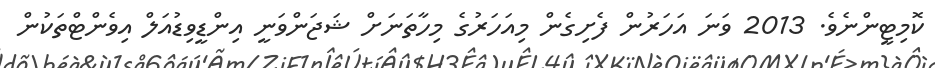
ކޮމިޓީންނެވެ. 2013 ވަނަ އަހަރުން ފެށިގެން މިއަހަރުގެ މިހާތަނަށް ޝަޖަންވަނީ އިންޑީވިޑުއަލް އިވެންޓްތަކުން